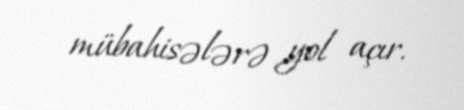
mübahisələrə yol açır.